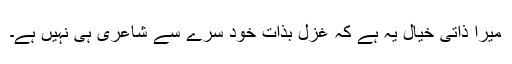
میرا ذاتی خیال یہ ہے کہ غزل بذاتِ خود سرے سے شاعری ہی نہیں ہے۔